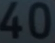
40